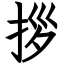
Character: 拶